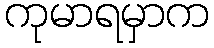
ကုမာရမှာက